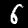
Digit: 6